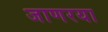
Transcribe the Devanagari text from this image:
जाणरया